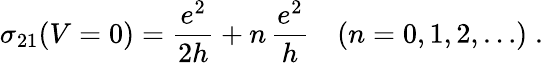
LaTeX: \sigma_{21}(V=0)=\frac{e^{2}}{2h}+n\, \frac{e^{2}}{h}\quad(n=0,1,2,\ldots)\; .